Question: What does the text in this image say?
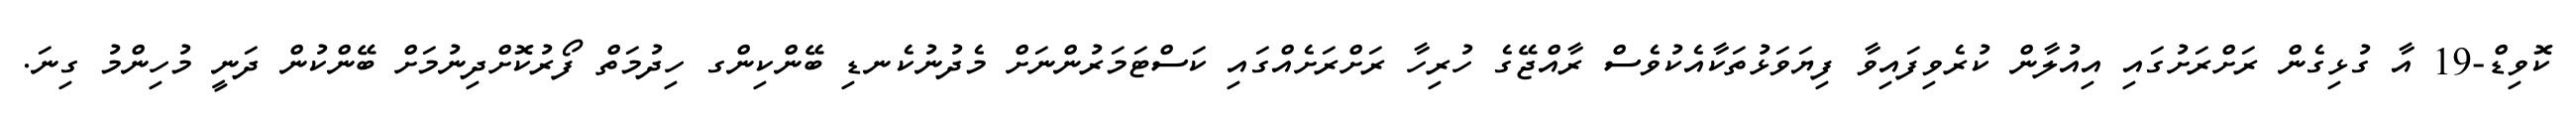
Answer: ކޮވިޑް-19 އާ ގުޅިގެން ރަށްރަށުގައި އިއުލާން ކުރެވިފައިވާ ފިޔަވަޅުތަކާއެކުވެސް ރާއްޖޭގެ ހުރިހާ ރަށްރަށެއްގައި ކަސްޓަމަރުންނަށް މެދުނުކެނޑި ބޭންކިންގ ހިދުމަތް ފޯރުކޮށްދިނުމަށް ބޭންކުން ދަނީ މުހިންމު ގިނަ.